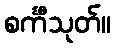
စင်္ကီသုတ်။